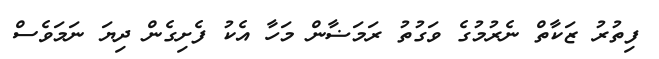
ފިތުރު ޒަކާތް ނެރުމުގެ ވަގުތު ރަމަޟާން މަހާ އެކު ފެށިގެން ދިޔަ ނަމަވެސް